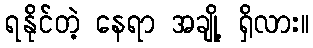
ရနိုင်တဲ့ နေရာ အချို့ ရှိလား။